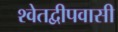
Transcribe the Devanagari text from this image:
श्वेतद्वीपवासी